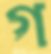
গ